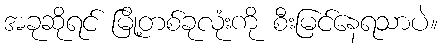
အခုဆိုရင် မြို့တစ်ခုလုံးကို စီးမြင်နေရသာပဲ။